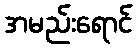
အမည်းရောင်